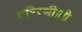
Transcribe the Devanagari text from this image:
परिस्थीाती